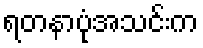
ရတနာပုံအသင်းက